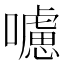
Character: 𡃖